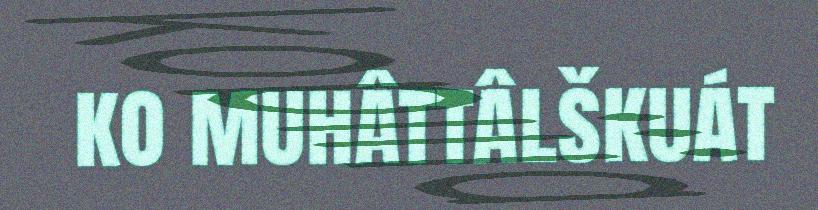
ko muhâttâlškuát